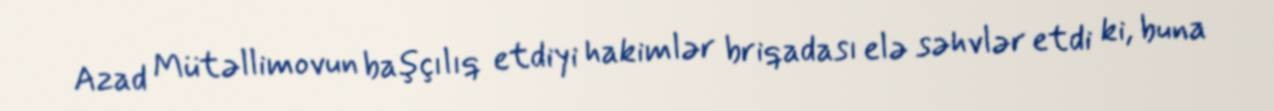
Azad Mütəllimovun başçılıq etdiyi hakimlər briqadası elə səhvlər etdi ki, buna